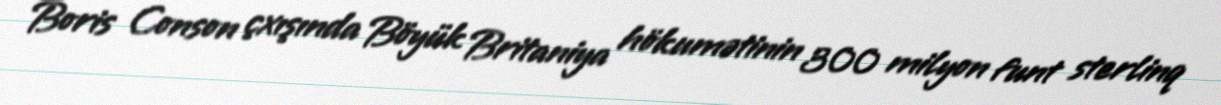
Boris Conson çxışında Böyük Britaniya hökumətinin 300 milyon funt sterlinq